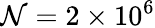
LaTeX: \mathcal{N}=2\times10^{6}